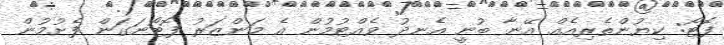
ފޮޓޯ: ކިޔުންތެރިއެއް އޭނާ ބުނީ އެނދު ވެއްޓުމުން އެ މަންޒަރު ފޮޓޯނަގަން ފެށުމުން